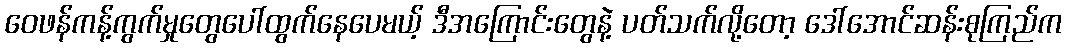
ဝေဖန်ကန့်ကွက်မှုတွေပေါ်ထွက်နေပေမယ့် ဒီအကြောင်းတွေနဲ့ ပတ်သက်လို့တော့ ဒေါ်အောင်ဆန်းစုကြည်က